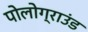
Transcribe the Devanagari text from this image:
पोलोग्राउंड